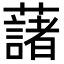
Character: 藷